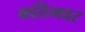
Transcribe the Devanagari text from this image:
कलिंगवर